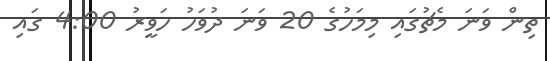
ތިން ވަނަ މެޗުގައި މިމަހުގެ 20 ވަނަ ދުވަހު ހަވީރު 4:00 ގައި